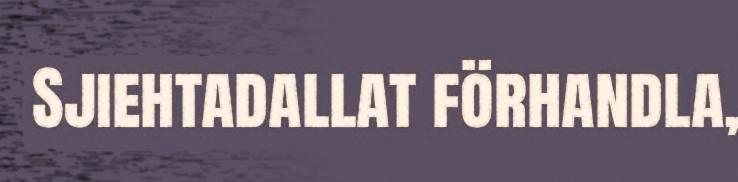
Sjiehtadallat förhandla,